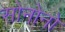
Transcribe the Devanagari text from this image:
सोनोनो